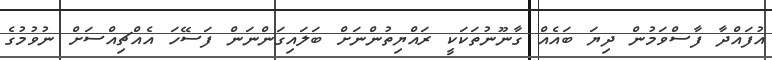
އުފައްދާ ފާސްވަމުން ދިޔަ ބައެއް ގާނޫނުތަކަކީ ރައްޔިތުންނަށް ބަލައިގަންނަން ފަސޭހަ އެއްޗިއްސަށް ނުވުމުގެ